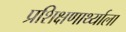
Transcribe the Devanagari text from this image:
प्रशिक्षणार्थ्याला